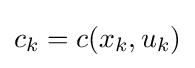
c_{k}=c(x_{k},u_{k})